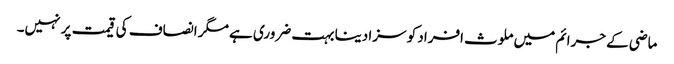
ماضی کے جرائم میں ملوث افراد کو سزا دینا بہت ضروری ہے مگر انصاف کی قیمت پر نہیں۔